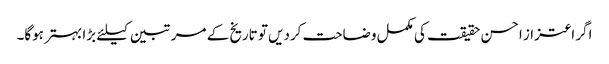
اگر اعتزاز احسن حقیقت کی مکمل وضاحت کردیں تو تاریخ کے مرتبین کیلئے بڑا بہتر ہوگا۔